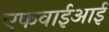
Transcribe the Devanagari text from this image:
एफवाईआई